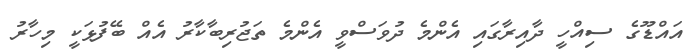
އައްޑޫގެ ސިއްހީ ދާއިރާގައި އެންމެ ދުވަސްވީ އެންމެ ތަޖުރިބާކާރު އެއް ބޭފުޅަކީ މިހާރު